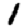
Digit: 1